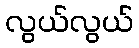
လွယ်လွယ်